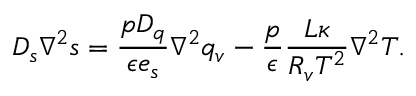
D _ { s } \nabla ^ { 2 } s = \frac { p D _ { q } } { \epsilon e _ { s } } \nabla ^ { 2 } q _ { v } - \frac { p } { \epsilon } \frac { L \kappa } { R _ { v } T ^ { 2 } } \nabla ^ { 2 } T .